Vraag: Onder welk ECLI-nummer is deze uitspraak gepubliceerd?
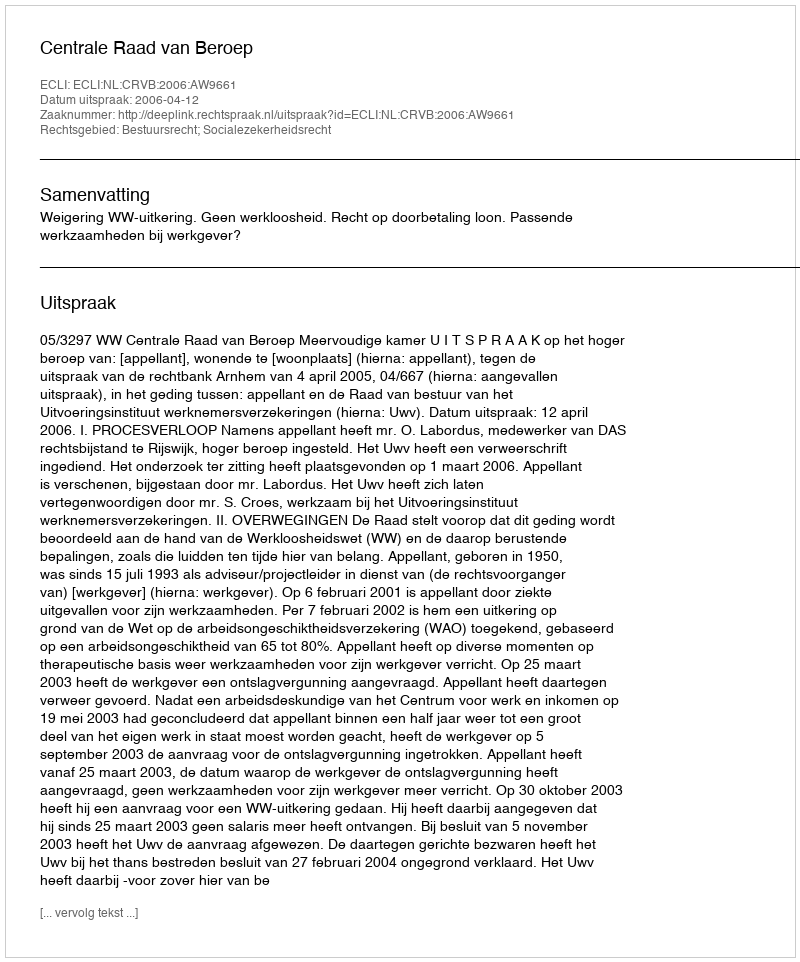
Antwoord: ECLI:NL:CRVB:2006:AW9661